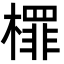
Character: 檌